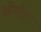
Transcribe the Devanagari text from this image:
ओर्मंड